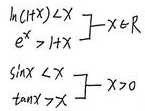
\[
\begin{align*}
\ln(1 + x) &< x\quad\forall x\in\mathbb{R}\\
e^{x} &> 1 + x\quad\forall x\in\mathbb{R}\\
\sin x &< x\quad\forall x>0\\
\tan x &> x\quad\forall x>0
\end{align*}
\]